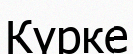
Күрке